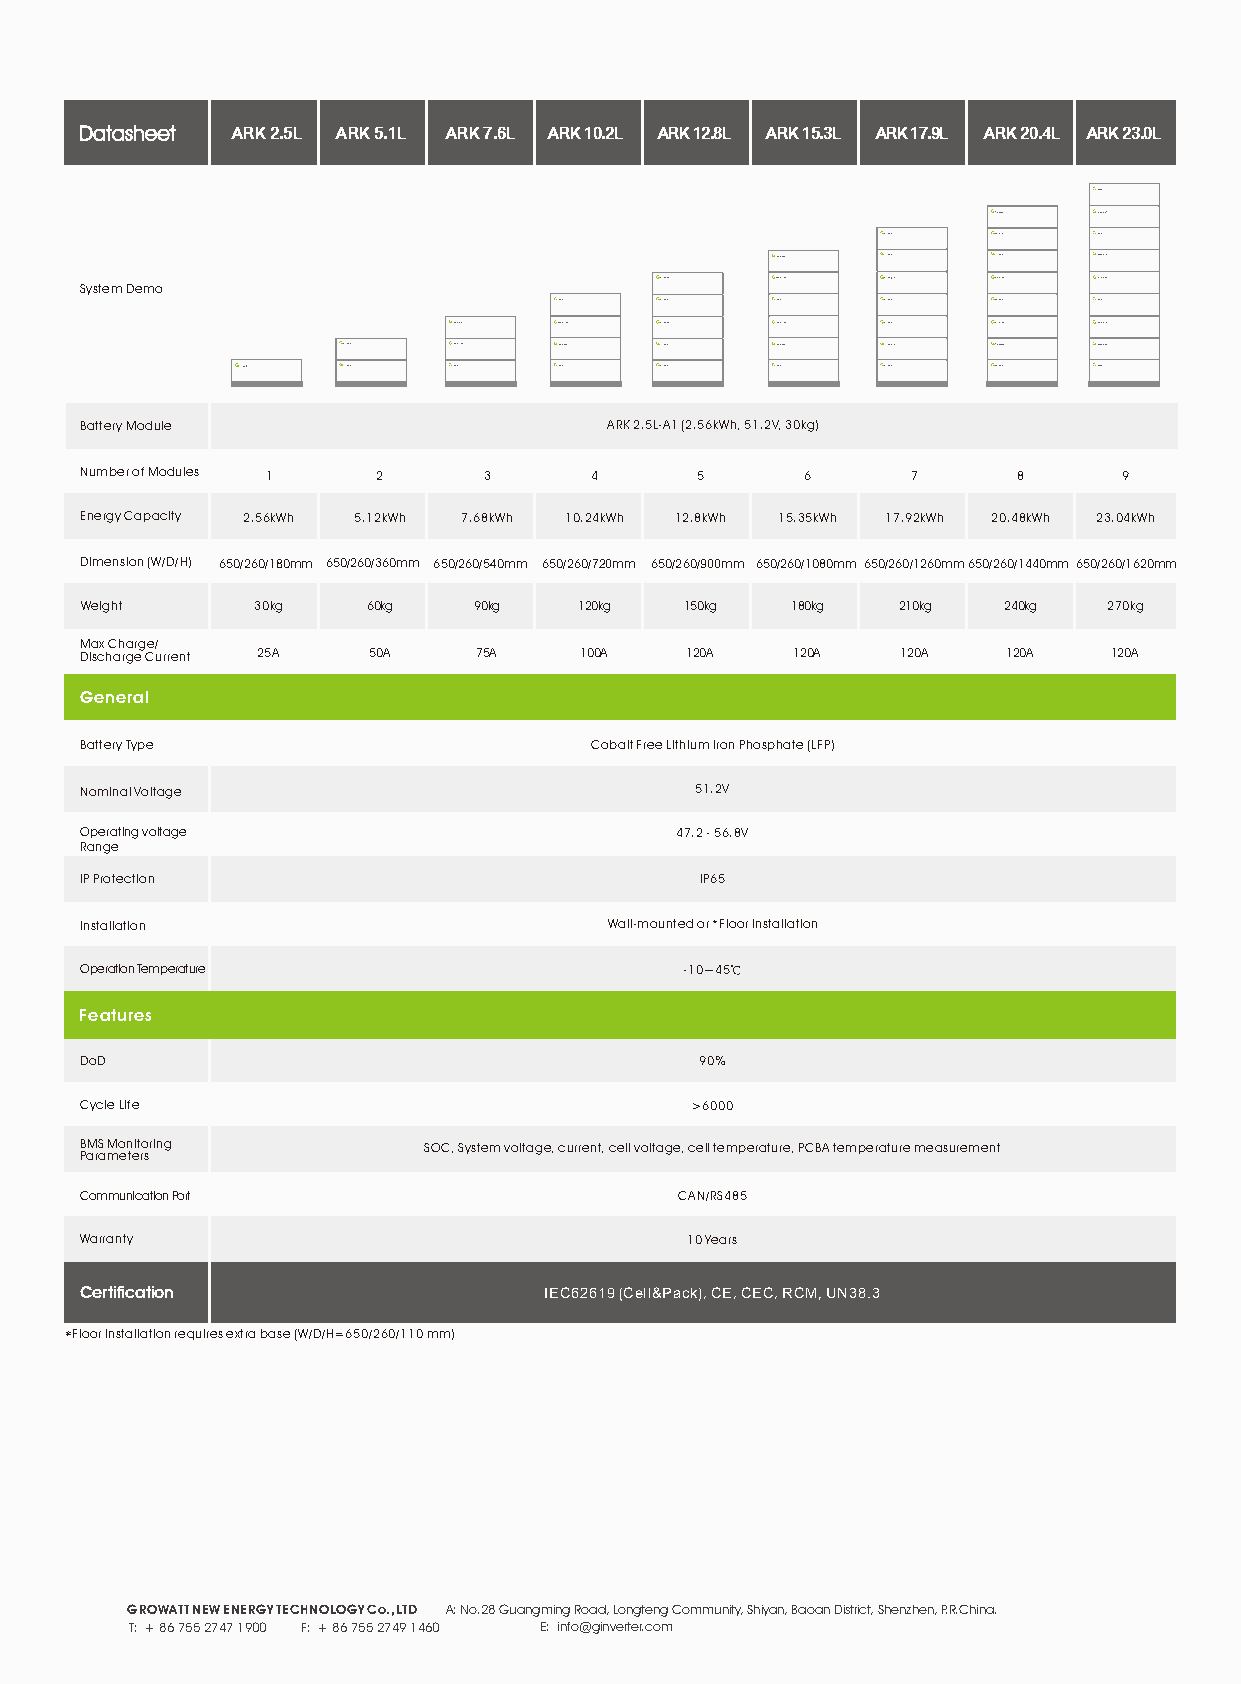
Datasheet ARK2.5L ARK5.1L ARK7.6L ARK10.2L ARK12.8L ARK15.3L ARK17.9L ARK20.4L ARK23.0L

 System Demo
 Battery Module                     ARK 2.5L-A1 (2.56kWh, 51.2V, 30kg)
 Number of Modules 1 2      3      4      5      6      7      8      9
 Energy Capacity 2.56kWh 5.12kWh 7.68kWh 10.24kWh 12.8kWh 15.35kWh 17.92kWh 20.48kWh 23.04kWh
 Dimension (W/D/H) 650/260/180mm 650/260/360mm 650/260/540mm 650/260/720mm 650/260/900mm 650/260/1080mm 6 50/260/1260mm 650/260/1440mm 6 5 0/260/1620mm
 Weight      30kg   60kg   90kg   120kg  150kg  180kg  210kg  240kg  270kg
 Max Charge/
 Discharge Current 25A 50A 75A    100A   120A   120A    120A   120A  120A
 General
 Battery Type                      Cobalt Free Lithium Iron Phosphate (LFP)
 Nominal Voltage                          51.2V
 Operating voltage                       47.2 - 56.8V
 Range
 IP Protection                            IP65
 Installation                       Wall-mounted or *Floor installation
 Operation Temperature                   -10~45℃
 Features
 DoD                                      90%
 Cycle Life                               >6000
 BMS Monitoring         SOC, System voltage, current, cell voltage, cell temperature, PCBA temperature measurement
 Parameters
 Communication Port                      CAN/RS485
 Warranty                                10 Years
 Certification                  IEC62619 (Cell&Pack), CE, CEC, RCM, UN38.3
 *Floor installation requires extra base (W/D/H=650/260/110 mm)
 GROWATT NEW ENERGY TECHNOLOGY Co.,LTD A: No.28 Guangming Road, Longteng Community, Shiyan, Baoan District, Shenzhen, P.R.China.
 T: + 86 755 2747 1900 F: + 86 755 2749 1460 E: info@ginverter.com